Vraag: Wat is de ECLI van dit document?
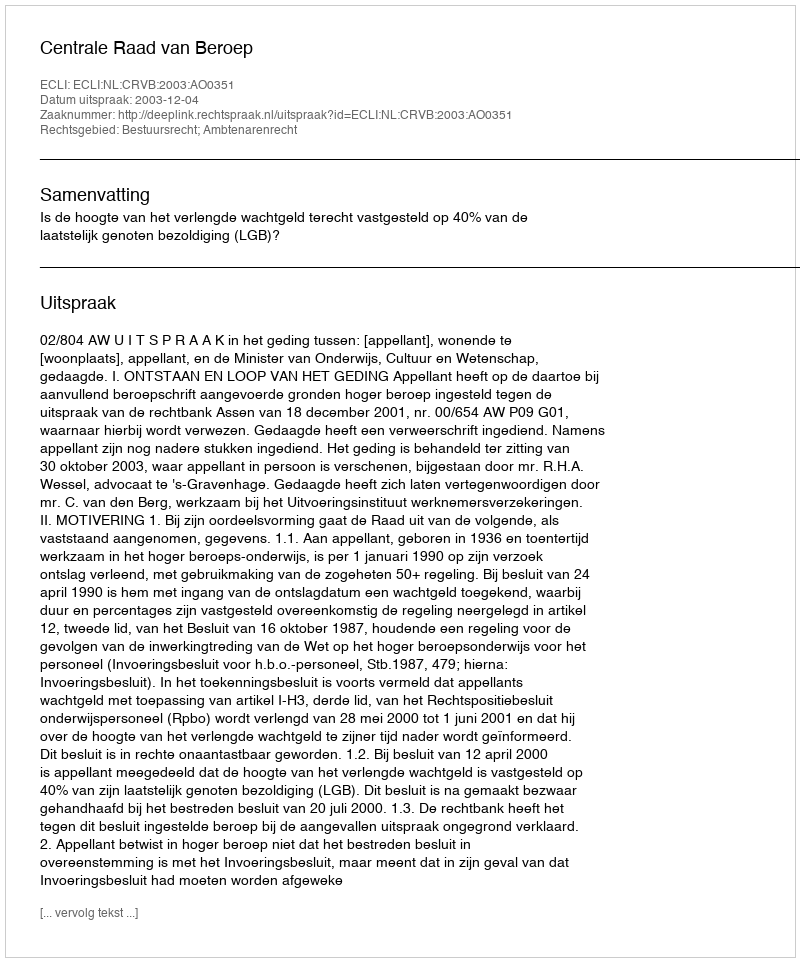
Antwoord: ECLI:NL:CRVB:2003:AO0351